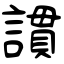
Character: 謴